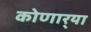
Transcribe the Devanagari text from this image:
कोणार्‍या